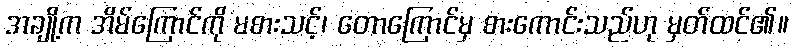
အချို့က အိမ်ကြောင်ကို မစားသင့်၊ တောကြောင်မှ စားကောင်းသည်ဟု မှတ်ထင်၏။